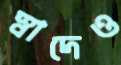
স্বাদেও